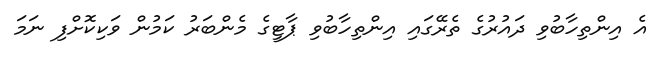
އެ އިންތިހާބުވި ދައުރުގެ ތެރޭގައި އިންތިހާބުވި ޕާޓީގެ މެންބަރު ކަމުން ވަކިކޮށްފި ނަަމަ